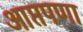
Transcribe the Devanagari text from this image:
आप्तपणा